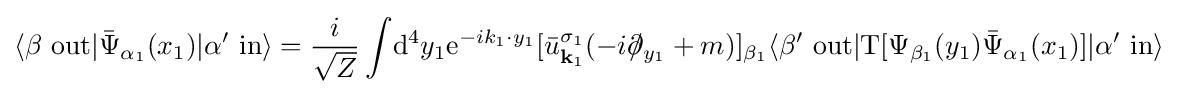
\langle \beta \ \mathrm {out} |{\bar {\Psi }}_{\alpha _{1}}(x_{1})|\alpha '\ \mathrm {in} \rangle ={\frac {i}{\sqrt {Z}}}\int \!\mathrm {d} ^{4}y_{1}\mathrm {e} ^{-ik_{1}\cdot y_{1}}[{\bar {u}}_{{\textbf {k}}_{1}}^{\sigma _{1}}(-i\partial \!\!\!/_{y_{1}}+m)]_{\beta _{1}}\langle \beta '\ \mathrm {out} |\mathrm {T} [\Psi _{\beta _{1}}(y_{1}){\bar {\Psi }}_{\alpha _{1}}(x_{1})]|\alpha '\ \mathrm {in} \rangle